Lunatic asylums in Bengal annual reports 1912-1924 - 1912-1924
Year: 1912
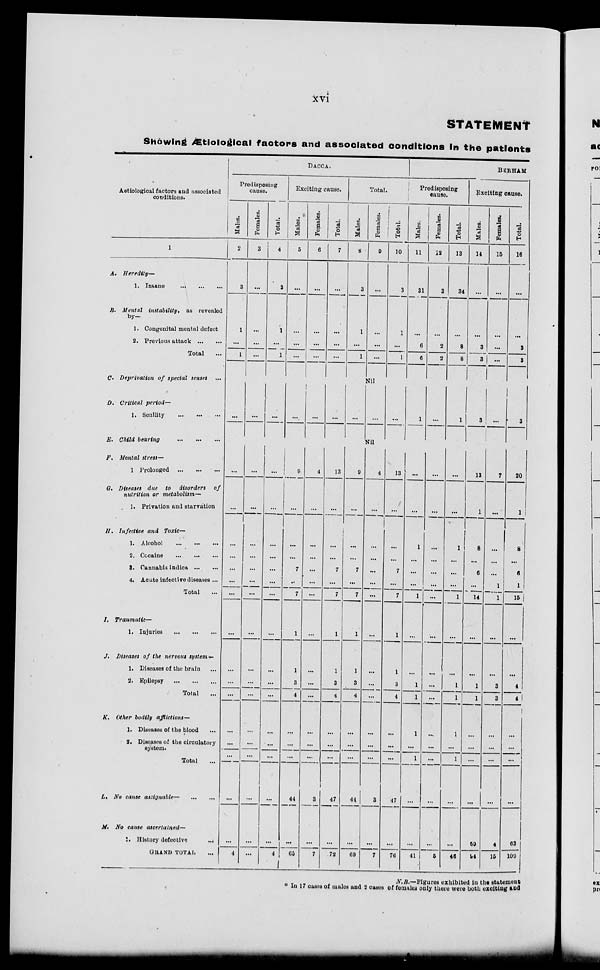
xiv
STATEMENT
Showing Ætiological factors and associated conditions In the patients
Aetiological factors and associated
conditions.
1
A. Heredity—
1. Insane
...
...
...
B. Mental instability, as revealed
by–
1. Congenital mental defect
2. Previous attack ... ...
Total ...
C. Deprivation of special senses ...
D. Critical period—
1. Senility
...
...
...
E. Child bearing
...
...
...
F. Mental stress—
1 Prolonged
...
...
...
G. Diseases due to disorders of
nutrition or metabolism—
1. Privation and starvation
H. Infective and Toxic—
1. Alcohol
...
...
...
2. Cocaine
...
...
...
3. Cannabis indica ... ...
4. Acute Infective diseases ...
Total ...
I. Traumatic—
1. Injuries
...
...
...
J. Diseases of the nervous system —
1. Diseases of the brain ...
2. Epilepsy
...
...
...
Total ...
K. Other bodily afflictions—
1. Diseases of the blood ...
2. Diseases of the circulatory
system.
Total ...
L. No cause assignable— ... ...
M. No cause ascertained—
1. History defective ...
GRAND TOTAL ...
DACCA.
Predisposing
canse.
Males.
2
3
1
...
1
...
...
...
...
...
...
...
...
...
...
...
...
...
...
...
...
...
...
4
Females.
3
...
...
...
...
...
...
...
...
...
...
...
...
...
...
...
...
...
...
...
...
...
...
...
Total.
4
3
1
...
1
...
...
...
...
...
...
...
...
...
...
...
...
...
...
...
...
...
...
4
Exciting cause.
Males.
5
...
...
...
...
...
...
...
...
...
...
7
...
7
1
1
3
4
...
...
...
44
...
65
Females.
6
...
...
...
...
...
...
4
...
...
...
...
...
...
...
...
...
...
...
...
...
3
...
7
Total.
7
...
...
...
...
...
13
...
...
...
7
...
7
1
1
3
4
...
...
...
47
...
72
Total.
Males.
8
3
1
...
1
...
8
...
...
...
7
...
7
1
1
3
4
...
...
...
44.
...
69
Females.
9
...
...
...
...
Nil
...
Nil
4
...
...
...
...
...
...
...
...
...
...
...
...
...
3
...
7
Total.
10
3
1
...
1
...
13
...
...
...
7
...
7
1
1
3
4
...
...
...
47
...
76
BERHAM
Predisposing
cause.
Males.
11
31
...
6
6
1
...
...
1
...
...
...
1
...
...
1
1
1
...
1
...
...
41
Females.
12
3
...
2
2
...
...
...
...
...
...
...
...
...
...
...
...
...
...
...
...
...
5
Total.
13
34
...
8
8
1
...
...
1
...
...
...
1
...
...
1
1
1
...
1
...
...
46
Exciting cause.
Males.
14
...
...
3
3
3
13
1
8
...
6
...
14
...
...
1
1
...
...
...
...
59
94
Females.
15
...
...
...
...
...
7
...
...
...
...
1
1
...
...
3
3
...
...
...
...
4
15
Total.
16
...
...
3
3
3
20
1
8
...
6
1
15
...
...
4
4l
1
...
...
...
...
63
109
N. B.—Figures exhibited in the statement
* In 17 cases of males and 2 cases of females only there were both exciting and